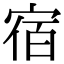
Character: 宿